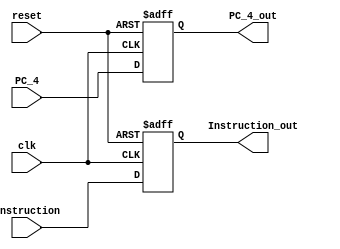
/******************************************************************
* Description
*	This is a register that corresponds to the Instruction and PC + 4. 
*	This register does not have an enable signal.
* Version:
*	1.0
* Author:
*	Alexis Muoz
* email:
*	is713743@iteso.mx
* Date:
*	19/04/2020
******************************************************************/

module Register_IF_ID
#(
	parameter N=32
)
(
	input clk,
	input reset,
	input  [N-1:0] PC_4,
	input  [N-1:0] Instruction,
	
	
	output reg [N-1:0] PC_4_out,
	output reg [N-1:0] Instruction_out
);

always@(negedge reset or negedge clk) begin
	if(reset==0)
		begin
			PC_4_out <= 0;
			Instruction_out <= 0;
		end
	else	
		begin
			PC_4_out<=PC_4;
			Instruction_out<=Instruction;
		end
end

endmodule
//pcreg//